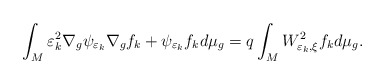
\begin{align*}\int_{M}\varepsilon_{k}^{2}\nabla_{g}\psi_{\varepsilon_{k}}\nabla_{g}f_{k}+\psi_{\varepsilon_{k}}f_{k}d\mu_{g}=q\int_{M}W_{\varepsilon_{k},\xi}^{2}f_{k}d\mu_{g}.\end{align*}